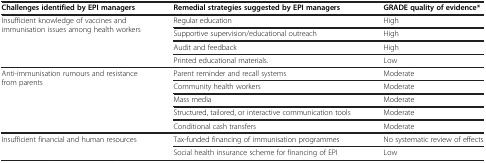
<table><thead><tr><td><b>Challenges identified by EPI managers</b></td><td><b>Remedial strategies suggested by EPI managers</b></td><td><b>GRADE quality of evidence*</b></td></tr></thead><tbody><tr><td>Insufficient knowledge of vaccines and immunisation issues among health workers</td><td>Regular education</td><td>High</td></tr><tr><td>[EMPTY_CELL]</td><td>Supportive supervision/educational outreach</td><td>High</td></tr><tr><td>[EMPTY_CELL]</td><td>Audit and feedback</td><td>High</td></tr><tr><td>[EMPTY_CELL]</td><td>Printed educational materials.</td><td>Low</td></tr><tr><td>Anti-immunisation rumours and resistance from parents</td><td>Parent reminder and recall systems</td><td>Moderate</td></tr><tr><td>[EMPTY_CELL]</td><td>Community health workers</td><td>Moderate</td></tr><tr><td>[EMPTY_CELL]</td><td>Mass media</td><td>Moderate</td></tr><tr><td>[EMPTY_CELL]</td><td>Structured, tailored, or interactive communication tools</td><td>Moderate</td></tr><tr><td>[EMPTY_CELL]</td><td>Conditional cash transfers</td><td>Moderate</td></tr><tr><td>Insufficient financial and human resources</td><td>Tax-funded financing of immunisation programmes</td><td>No systematic review of effects</td></tr><tr><td>[EMPTY_CELL]</td><td>Social health insurance scheme for financing of EPI</td><td>Low</td></tr></tbody></table>